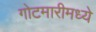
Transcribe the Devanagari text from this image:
गोटमारीमध्ये